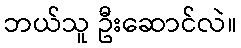
ဘယ်သူ ဦးဆောင်လဲ။